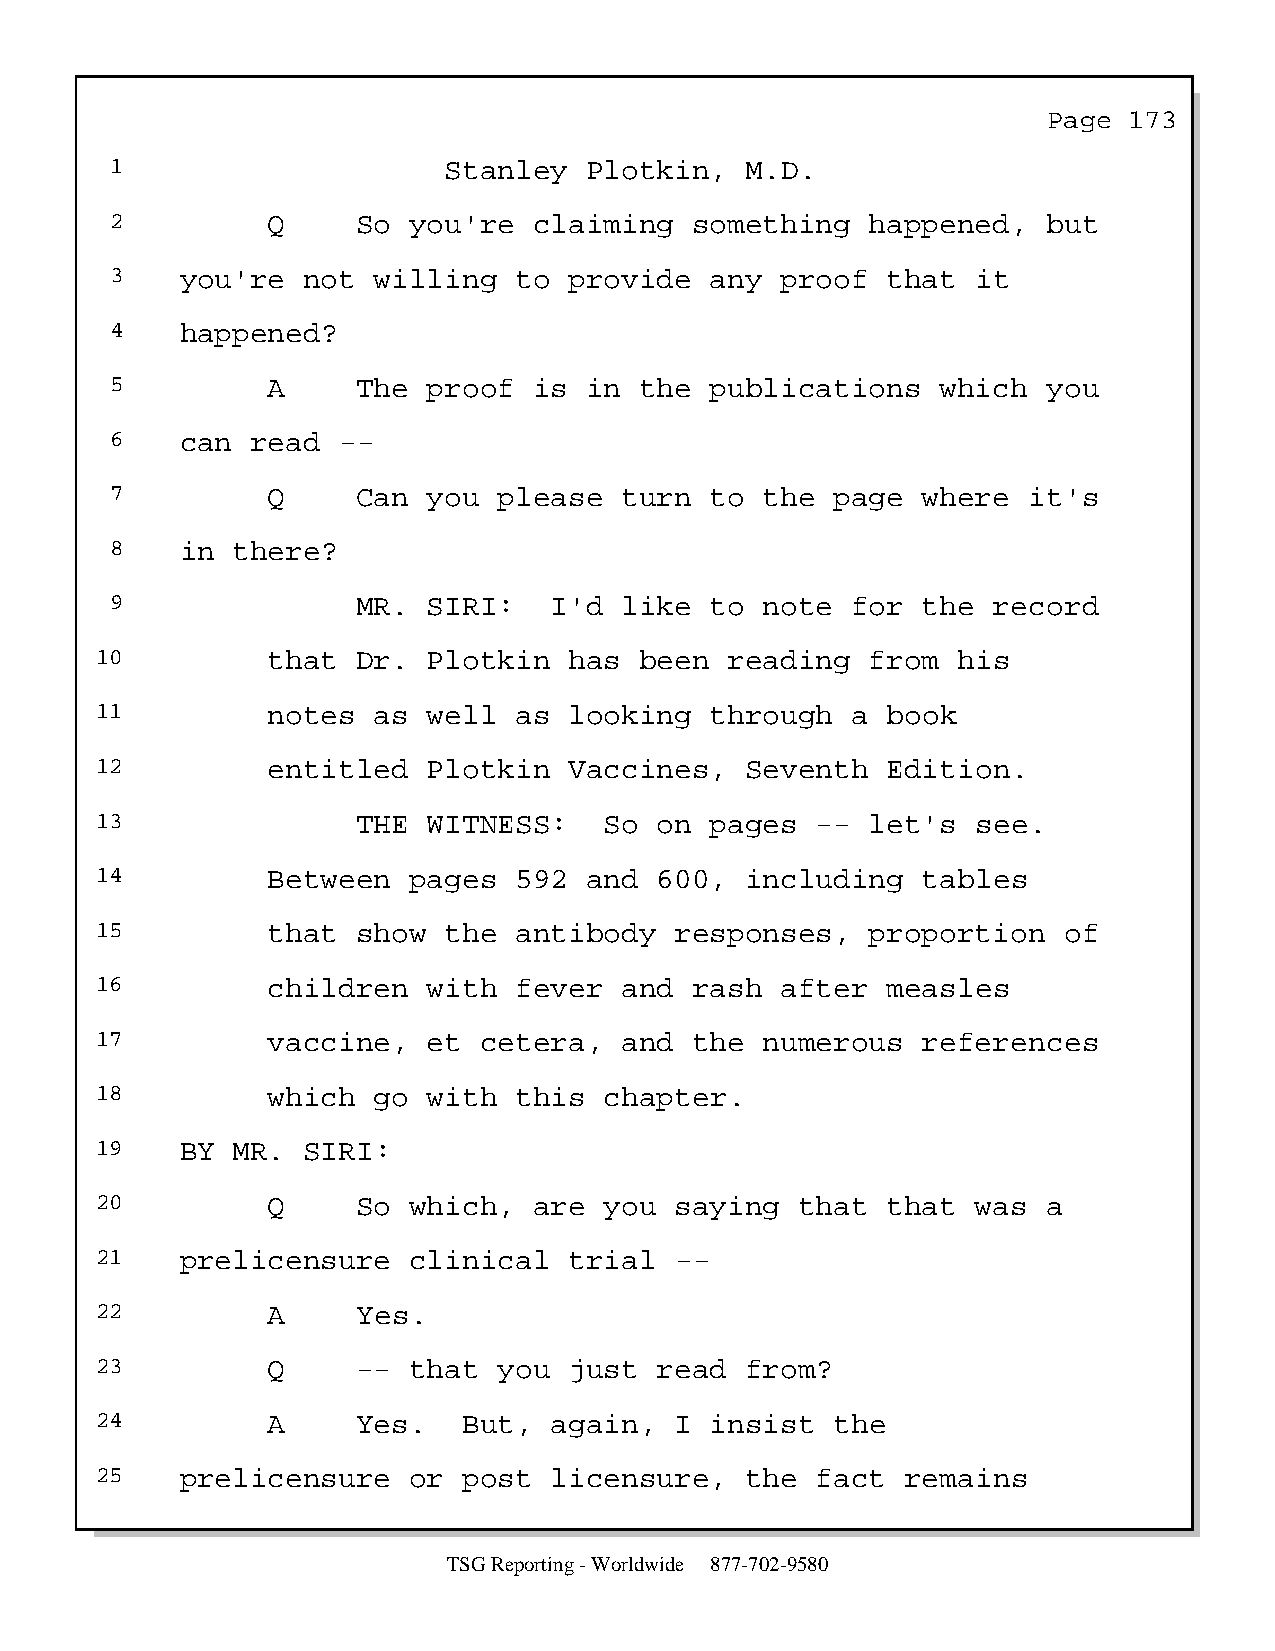
Page  173
 1                     Stanley   Plotkin,  M.D.
 2          Q     So you're  claiming   something   happened,  but
 3    you're  not  willing  to  provide  any  proof  that  it
 4    happened?
 5          A     The proof  is  in the  publications   which  you
 6    can  read --
 7          Q     Can you  please  turn  to  the page  where  it's
 8    in there?
 9                MR. SIRI:   I'd  like  to  note for  the  record
 10          that  Dr. Plotkin   has been  reading   from his
 11          notes  as well  as  looking  through  a  book
 12          entitled  Plotkin   Vaccines,  Seventh   Edition.
 13                THE WITNESS:    So  on pages  --  let's  see.
 14          Between  pages  592  and  600, including   tables
 15          that  show the  antibody   responses,   proportion  of
 16          children  with  fever  and  rash  after  measles
 17          vaccine,  et  cetera,  and  the  numerous  references
 18          which  go with  this  chapter.
 19    BY MR.  SIRI:
 20          Q     So which,  are  you  saying  that  that  was a
 21    prelicensure   clinical   trial  --
 22          A     Yes.
 23          Q     -- that  you  just  read from?
 24          A     Yes.   But, again,   I insist  the
 25    prelicensure   or  post licensure,   the  fact  remains
 TSG Reporting - Worldwide 877-702-9580